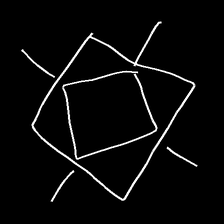
Glyph: light